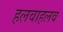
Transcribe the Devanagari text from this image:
हलवाहलव